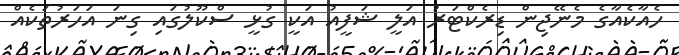
ހެއާކެއާގެ މެނޭޖިން ޑިރެކްޓަރު އަލީ ޝަފީއު އަކީ ގުޅީ ސްކޫލުގައި ގިނަ އަހަރުތަކެއް